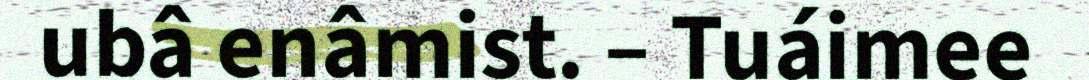
ubâ enâmist. – Tuáimee